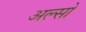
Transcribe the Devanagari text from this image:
अल्सो